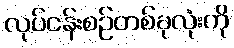
လုပ်ငန်းစဉ်တစ်ခုလုံးကို